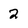
Character: 2